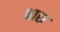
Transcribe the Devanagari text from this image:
बारु